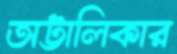
অট্টালিকার